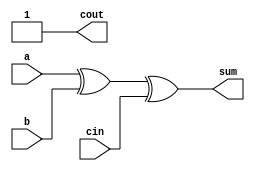
module full_adder4(a,b,cin,sum,cout);
input a,b,cin;
output sum,cout;
assign sum = a^b^cin;
assign cout = 1'b1; 
// initial begin
//     $display("The incorrect adder with or1 having out/1");
// end   
endmodule